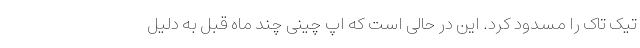
تیک تاک را مسدود کرد. این در حالی است که اپ چینی چند ماه قبل به دلیل